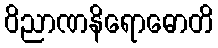
ဝိညာဏနိရောဓောတိ